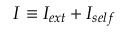
I \equiv I _ { e x t } + I _ { s e l f }